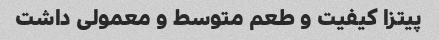
پیتزا کیفیت و طعم متوسط و معمولی داشت